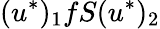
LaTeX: (u^{\ast})_{1}fS(u^{\ast})_{2}